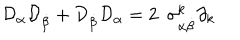
{ \cal D } _ { \alpha } { \cal D } _ { \dot { \beta } } + { \cal D } _ { \dot { \beta } } { \cal D } _ { \alpha } = 2 \ \ { \sigma } _ { \alpha \dot { \beta } } ^ { k } \partial _ { k }